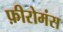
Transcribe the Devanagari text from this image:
फ़ीरोमंस